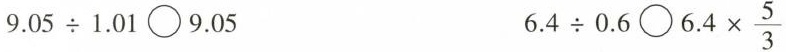
$$9.05\div 1.01\bigcirc 9.05 $$6.4 \div 0.6\bigcirc 6.4 \times \frac{5}{3}$$